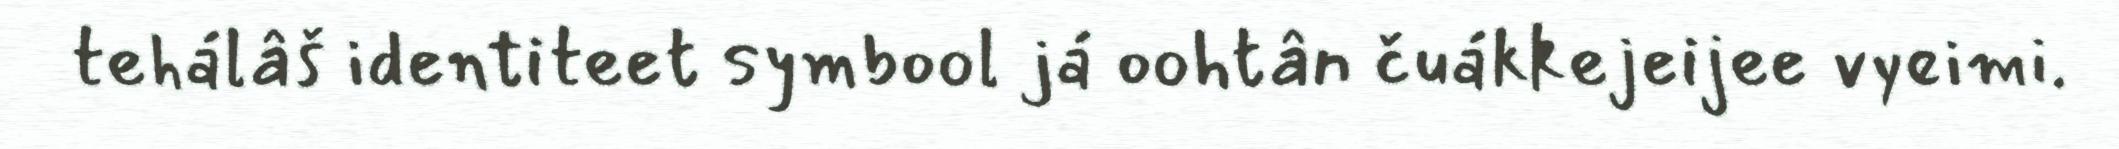
tehálâš identiteet symbool já oohtân čuákkejeijee vyeimi.